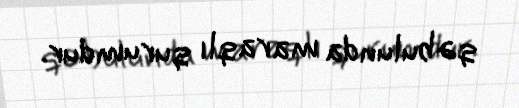
qəbulunda maraqlı qurumdur.